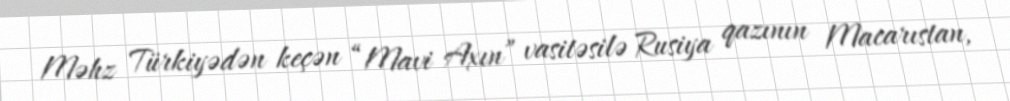
Məhz Türkiyədən keçən “Mavi Axın” vasitəsilə Rusiya qazının Macarıstan,